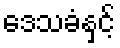
ဒေသခံနှင့်